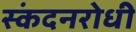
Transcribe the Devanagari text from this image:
स्कंदनरोधी